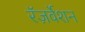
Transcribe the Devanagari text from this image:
रॅज़र्वेशन